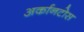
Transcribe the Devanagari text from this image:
अर्कानटोस